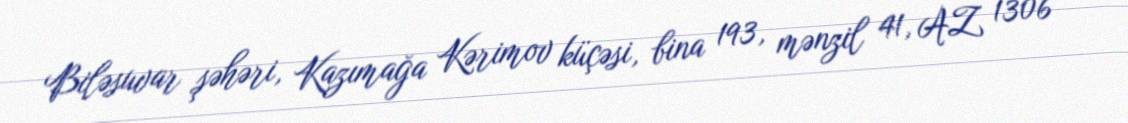
Biləsuvar şəhəri, Kazımağa Kərimov küçəsi, bina 193, mənzil 41, AZ 1306